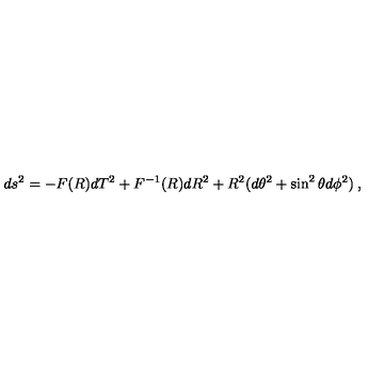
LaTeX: d s ^ { 2 } = - F ( R ) d T ^ { 2 } + F ^ { - 1 } ( R ) d R ^ { 2 } + R ^ { 2 } ( d \theta ^ { 2 } + \sin ^ { 2 } \theta d \phi ^ { 2 } ) \: ,